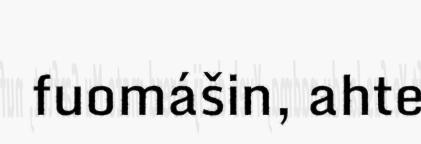
fuomášin, ahte